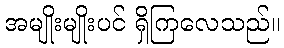
အမျိုးမျိုးပင် ရှိကြလေသည်။